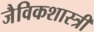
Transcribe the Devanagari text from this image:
जैविकशास्त्री